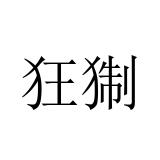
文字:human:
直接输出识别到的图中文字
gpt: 狂猘